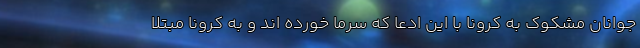
جوانان مشکوک به کرونا با این ادعا که سرما خورده اند و به کرونا مبتلا